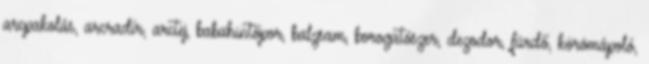
arcpakolás, arcradír, arctej, babahintőpor, balzsam, borogatószer, dezodor, fürdő, körömápoló,